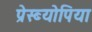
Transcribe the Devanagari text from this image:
प्रेस्ब्योपिया